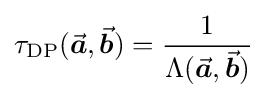
\tau _{\text{DP}}({\vec {\boldsymbol {a}}},{\vec {\boldsymbol {b}}})={\frac {1}{\Lambda ({\vec {\boldsymbol {a}}},{\vec {\boldsymbol {b}}})}}